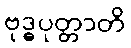
ဗုဒ္ဓပုတ္တာတိ